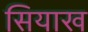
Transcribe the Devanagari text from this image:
सियाख